Annual statistical returns and brief notes on vaccination in Bengal - 1909-1929
Year: 1909
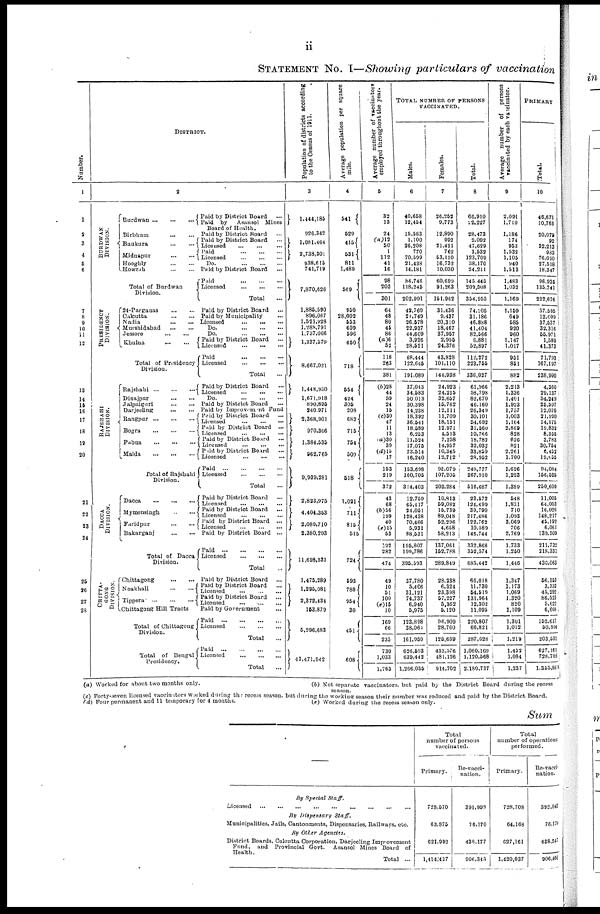
ii
STATEMENT No. I—Showing particulars of vaccination
Number.
1
1
2
3
4
5
6
7
8
9
10
11
12
13
14
15
16
17
18
19
20
21
22
23
24
25
26
27
28
DISTRICT.
2
BURDWAN
DIVISION.
PRESIDENCY
DIVISION.
RAJSHAHI
DIVISION.
DACCA
DIVISION.
CHITTA¬
GONG
DIVISION.
Burdwan
...
...
...
Birbhum
...
...
Bankura
...
...
Midnapur
...
...
Hooghly
...
...
Howrah
...
...
Total of Burdwan
Division.
24-Parganas
...
...
Calcutta
...
...
Nadia
...
...
Murshidabad
...
...
Jessore
...
...
Khulna
...
...
Total of Presidency
Division.
Rajshahi
...
...
...
Dinajpur
...
...
Jalpaiguri
...
...
Darjeeling
...
...
Rangpur
...
...
...
Bogra
...
...
...
Pabna
...
...
...
Malda
...
...
...
Total of Rajshahi
Division.
Dacca
...
...
...
Mymensingh
...
...
Faridpur
...
...
Bakarganj
...
...
Total of Dacca
Division.
Chittagong
...
...
Noakhali
Tippera
...
...
...
Chittagong Hill Tracts
Total of Chittagong
Division.
Total of Bengal
Presidency.
Paid by District Board
...
Paid by
Asansol Mines
Board of Health.
Paid by District Board
...
Paid by District Board
...
Licensed
...
...
...
Paid
...
...
...
Licensed
...
...
...
Do. ... ... ...
Paid by District Board
...
Paid
...
...
...
Licensed
...
...
...
Total ...
Paid by District Board
...
Paid by Municipality ...
Licensed
...
...
...
Do.
...
...
...
Do.
...
...
...
Paid by District Board
...
Licensed
...
...
...
Paid ... ... ...
Licensed
...
...
...
Total ...
Paid by District Board ...
Licensed
...
...
...
Do. ... ... ...
Paid by District Board
Paid by Improvement Fund
Paid by District Board
...
Licensed
...
...
...
Paid by District Board ...
Licensed
...
...
...
Paid by District Board
...
Licensed
...
...
...
Paid by District Board
...
Licensed
...
...
...
Paid ... ... ... ...
Licensed
...
...
...
Total ...
Paid by District Board ...
Licensed
...
...
...
Paid by District Board
...
Licensed
...
...
...
Paid by District Board ...
Licensed
...
...
...
Paid by District Board ...
Paid ... ... ... ...
Licensed
...
...
...
Total ...
Paid by District Board
...
Paid by District Board
...
Licensed
...
...
...
Paid by District Board
...
Licensed ... ... ...
Paid by Government ...
Paid
...
...
...
...
Licensed
...
...
...
Total ...
Paid ... ... ... ...
Licensed
...
...
...
Total ...
Population of districts according
to the Census of 1911.
3
1,444,185
926,342
1,081,464
2,738,301
938,615
741,719
7,870,626
1,885,590
896,087
1,521,928
1,288,791
1,737,066
1,337,579
8,667,021
1,448,930
1,671,918
890,895
240,971
2,368,901
970,366
1,384,535
962,765
9,939,281
2,823,975
4,404,353
2,089,710
2,380,293
11,698,331
1,475,289
1,295,081
2,372,434
153,879
5,296,683
43,471,942
Average population per square
mile.
4
541
529
415
531
811
1,489
569
950
28,002
553
609
596
650
718
554
424
305
208
682
715
754
509
518
1,021
711
815
515
724
593
788
954
30
451
608
Average number of vaccinators
employed throughout the year.
5
33
13
24
(a)12
50
1
112
41
16
98
203
301
64
48
80
45
86
(a)6
52
118
263
381
(b)28
44
59
24
15
(c)30
47
11
13
(a)30
39
(d)15
17
153
219
372
43
68
(b)56
199
40
(e)15
53
192
282
474
49
10
51
100
(e)15
10
169
66
235
730
1,033
1,763
TOTAL NUMBER OF PERSONS
VACCINATED.
Males.
6
40,658
12,454
15,583
1,100
26,208
770
70,599
21,438
14,181
84,746
118,245
202,991
42,769
21,749
26,578
22,937
44,609
3,926
28,521
68,444
122,645
191,089
37,043
34,583
50,013
30,398
14,238
18,392
36,541
18,589
6,253
11,524
17,075
23,514
16,240
153,698
160,705
314,403
12,759
65,417
24,051
128,438
70,466
5,931
88,531
195,807
199,786
395,593
37,780
5,406
31,121
74,737
6,940
5,975
123,898
38,064
161,959
626,593
639,442
1,266,035
Females.
7
26,252
9,773
12,890
992
21,421
762
53,110
16,732
10,030
60,699
91,263
151,962
31,436
9,437
20,310
18,467
37,957
2,955
24,376
43,828
101,110
144,938
24,923
24,215
32,657
15,762
12,111
11,709
18,151
12,971
4,513
7,258
14,957
10,345
12,712
95,079
107,205
202,284
10,813
59,082
15,739
89,048
52,296
4,658
58,213
137,061
152,788
289,849
28,238
6,324
23,398
57,227
5,362
5,120
96,909
28,760
125,669
433,576
481,126
914,702
Total.
8
66,910
22,227
28,473
2,092
47,629
1,532
123,709
38,170
24,211
145,445
209,508
354,953
74,205
31,186
46,888
41,404
82,566
6,881
52,897
112,272
223,755
336,027
61,966
58,798
82,670
46,160
26,349
30,101
54,692
31,560
10,766
18,782
32,032
33,859
28,952
248,777
267,910
516,687
23,572
124,499
39,790
217,486
122,762
10,589
146,744
332,868
352,574
685,442
66,018
11,730
54,519
131,964
12,302
11,095
220,807
66,821
287,628
1,060,169
1,120,568
2,180,737
Average number of persons
vaccinated by each vaccinator.
9
2,091
1,710
1,186
174
953
1,532
1,105
940
1,513
1,483
1,032
1,169
1,159
649
585
920
960
1,147
1,017
951
851
882
2,213
1,336
1,401
1,923
1,757
1,003
1,164
2,869
828
626
821
2,261
1,700
1,626
1,223
1,389
548
1,831
710
1,093
3,069
706
2,769
1,733
1,250
1,446
1,347
1,173
1,069
1,320
820
1,109
1,301
1,012
1,219
1,452
1,084
1,237
PRIMARY
Total.
10
46,671
10,763
20,079
92
32,213
983
76,010
27,518
18,347
96,935
135,741
232,676
57,595
12,009
37,537
32,316
55,971
1,589
41,373
71,793
167,197
238,990
4,360
29,137
54,249
25,597
12,070
21,990
14,175
19,832
8,355
3,783
30,754
6,452
19,855
94,084
156,525
250,609
11,005
64,053
16,026
148,217
45,192
6,061
139,509
211,732
218,331
430,063
56,153
3,333
45,292
86,523
5,622
6,608
152,617
50,914
203,531
627,161
728,708
1,355,869
(a) Worked for about two months only.
(b) Not separate vaccinators, but paid by the District Board during the recess
season.
(c) Forty-seven licensed vaccinators worked during the recess season, but during the working season their number was reduced and paid by the District Board.
(d) Four permanent and 11 temporary for 4 months.
(e) worked during the recess season only.
Sum
By Special Staff.
Licensed
...
...
...
...
...
...
...
...
...
By Dispensary
Staff.
Municipalities, Jails, Cantonments, Dispensaries, Railways, etc.
By Other Agencies.
District Boards, Calcutta Corporation, Darjeeling Improvement
Fund, and Provincial Govt. Asansol Mines Board of
Health.
Total ...
Total
number of persons
vaccinated.
Primary.
728,570
63,875
621,992
1,414,437
Re-vacci-
nation.
391,998
76,170
438,177
906,345
Total
number of operations
performed.
Primary.
728,708
64,168
627,161
1,420,037
Re-vacci-
nation.
392,043
76,170
438,247
906,460